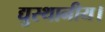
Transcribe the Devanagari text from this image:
द्युस्थानीय।